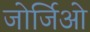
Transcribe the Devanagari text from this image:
जोर्जिओ